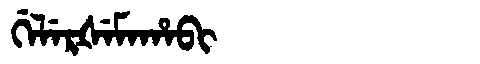
Manchu: ᡤᡝᠯᡝᡵᡧᡝᠮᠠᡥᠠᠪᡳ
Romanization: GELERŠEMAHABI